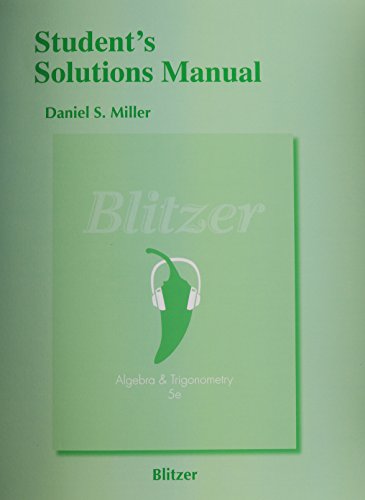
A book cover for Student's Solutions Manual for Algebra and Trigonometry; Robert F. Blitzer; Science & Math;